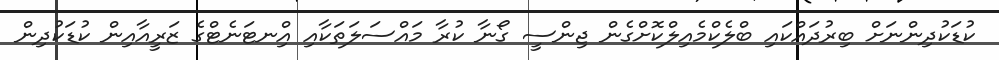
ކުޑަކުދިންނަށް ބިރުދައްކައި ބްލެކްމެއިލްކޮށްގެން ޖިންސީ ގޯނާ ކުރާ މައްސަލަތަކާއި އިްނޓަނެޓްގެ ޒަރީއާއިން ކުޑަކުދިން